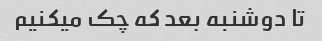
تا دوشنبه بعد که چک میکنیم